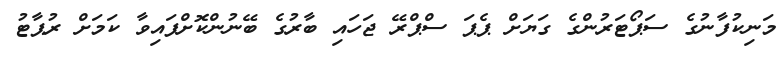
މަނިކުފާނުގެ ސަޕޯޓަރުންގެ ގަޔަށް ޕެޕަ ސްޕްރޭ ޖަހައި ބާރުގެ ބޭނުންކޮށްފައިވާ ކަމަށް ރުޕާޓު